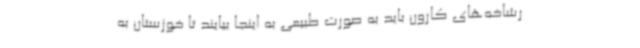
رشاخه‌های کارون باید به صورت طبیعی به اینجا بیایند تا خوزستان به